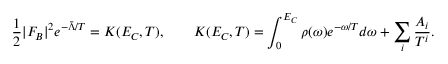
\frac 1 2 | F _ { B } | ^ { 2 } e ^ { - \bar { \Lambda } / T } = K ( E _ { C } , T ) , \qquad K ( E _ { C } , T ) = \int _ { 0 } ^ { E _ { C } } \rho ( \omega ) e ^ { - \omega / T } d \omega + \sum _ { i } \frac { A _ { i } } { T ^ { i } } .